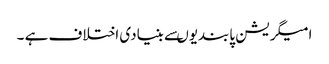
امیگریشن پابندیوںسے بنیادی اختلاف ہے ۔